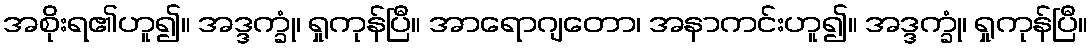
အစိုးရ၏ဟူ၍။ အဒ္ဒက္ခုံ၊ ရှုကုန်ပြီ။ အာရောဂျတော၊ အနာကင်းဟူ၍။ အဒ္ဒက္ခုံ၊ ရှုကုန်ပြီ။